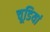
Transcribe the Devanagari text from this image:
चूडियां